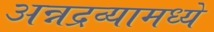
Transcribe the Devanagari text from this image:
अन्नद्रव्यामध्ये